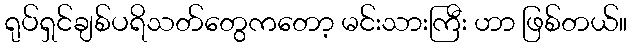
ရုပ်ရှင်ချစ်ပရိသတ်တွေကတော့ မင်းသားကြီး ဟာ ဖြစ်တယ်။